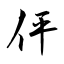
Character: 伻